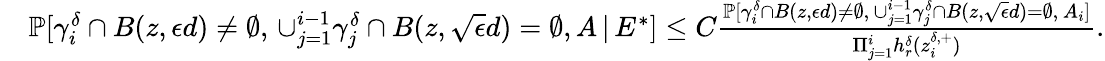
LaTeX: \begin{array}{rl}&{\mathbb{P}[\gamma_{i}^{\delta}\cap B(z,\epsilon d)\neq\emptyset,\, \cup_{j=1}^{i-1}\gamma_{j}^{\delta}\cap B(z,\sqrt\epsilon d)=\emptyset,A\, |\, E^{*}]\le C\frac{\mathbb{P}[\gamma_{i}^{\delta}\cap B(z,\epsilon d)\neq\emptyset,\, \cup_{j=1}^{i-1}\gamma_{j}^{\delta}\cap B(z,\sqrt\epsilon d)=\emptyset,\, A_{i}]}{\Pi_{j=1}^{i}h_{r}^{\delta}(z_{i}^{\delta,+})}.}\end{array}